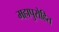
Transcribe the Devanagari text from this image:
महापुरोहित